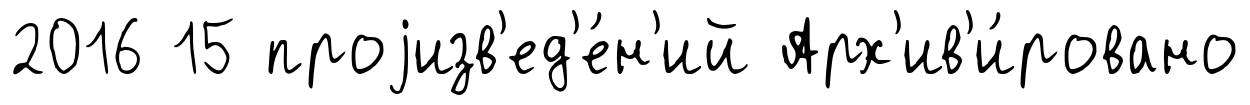
2016 15 проjизв'ед'е́н'ий Арх'ив'и́ровано